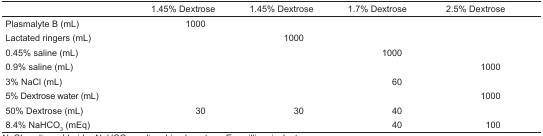
<table><thead><tr><td></td><td><b>1.45% Dextrose</b></td><td><b>1.45% Dextrose</b></td><td><b>1.7% Dextrose</b></td><td><b>2.5% Dextrose</b></td></tr></thead><tbody><tr><td>Plasmalyte B (mL)</td><td>1000</td><td></td><td></td><td></td></tr><tr><td>Lactated ringers (mL)</td><td></td><td>1000</td><td></td><td></td></tr><tr><td>0.45% saline (mL)</td><td></td><td></td><td>1000</td><td></td></tr><tr><td>0.9% saline (mL)</td><td></td><td></td><td></td><td>1000</td></tr><tr><td>3% NaCl (mL)</td><td></td><td></td><td>60</td><td></td></tr><tr><td>5% Dextrose water (mL)</td><td></td><td></td><td></td><td>1000</td></tr><tr><td>50% Dextrose (mL)</td><td>30</td><td>30</td><td>40</td><td></td></tr><tr><td>8.4% NaHCO<sub>3</sub> (mEq)</td><td></td><td></td><td>40</td><td>100</td></tr></tbody></table>